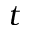
t